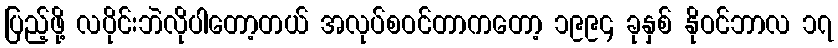
ပြည့်ဖို့ လပိုင်းဘဲလိုပါတော့တယ် အလုပ်စဝင်တာကတော့ ၁၉၉၄ ခုနှစ် နိုဝင်ဘာလ ၁၇